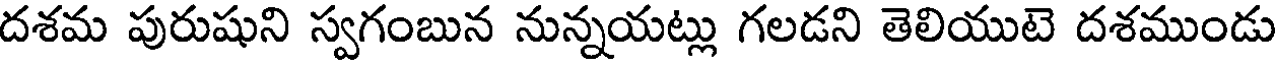
దశమ పురుషుని స్వగంబున నున్నయట్లు గలడని తెలియుటె దశముండు